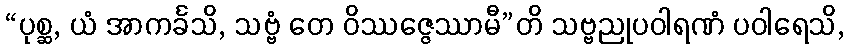
“ပုစ္ဆ, ယံ အာကင်္ခသိ, သဗ္ဗံ တေ ဝိဿဇ္ဇေဿာမီ”တိ သဗ္ဗညုပဝါရဏံ ပဝါရေသိ,